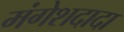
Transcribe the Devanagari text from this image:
मंगेशदादा